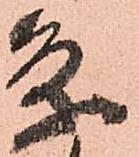
条